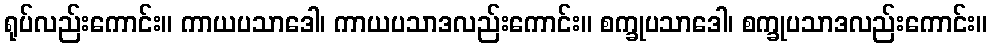
ရုပ်လည်းကောင်း။ ကာယပသာဒေါ၊ ကာယပသာဒလည်းကောင်း။ စက္ခုပသာဒေါ၊ စက္ခုပသာဒလည်းကောင်း။